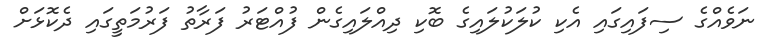
ނަވެއްގެ ސިފައިގައި އެކި ކުލަކުލައިގެ ބޮކި ދިއްލައިގެން ފުއްޓަރު ފަރާތު ފަރުމަތީގައި ދެކޮޅަށް